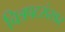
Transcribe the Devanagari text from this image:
चित्रपटसंसार